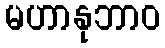
မဟာနုဘာဝ